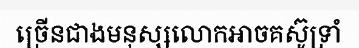
ច្រើនជាងមនុស្សលោកអាចគស៊ូទ្រាំ